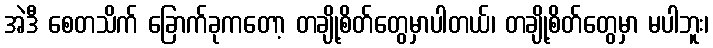
အဲဒီ စေတသိက် ခြောက်ခုကတော့ တချို့စိတ်တွေမှာပါတယ်၊ တချို့စိတ်တွေမှာ မပါဘူး၊